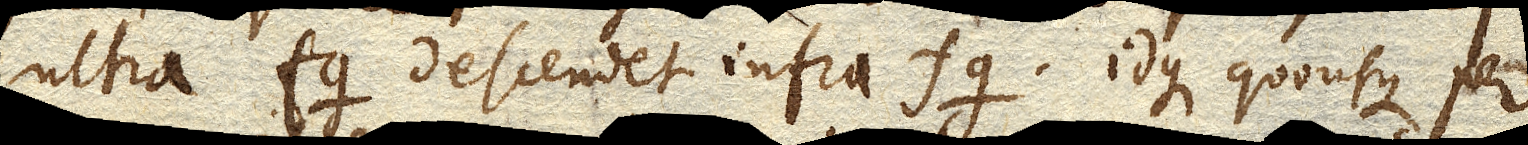
ultra fg descendet infra fg idque quousque per